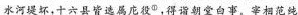
水河堤坏，十六县皆选属庇役^{①}。得诣朝堂白事。宰相范纯